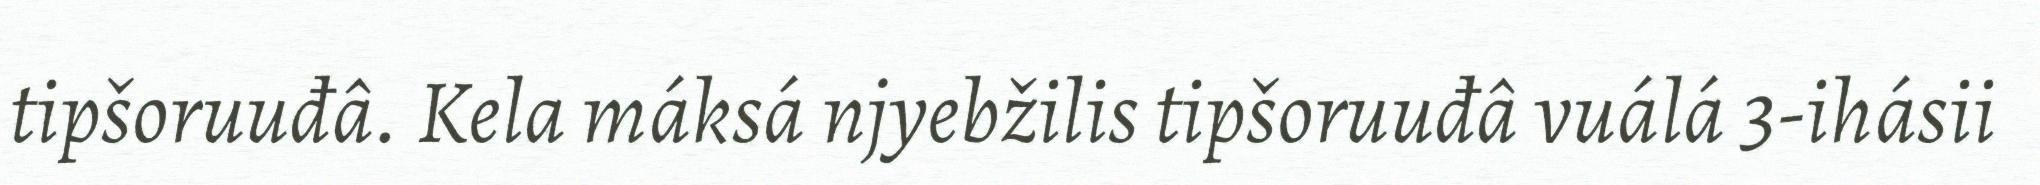
tipšoruuđâ. Kela máksá njyebžilis tipšoruuđâ vuálá 3-ihásii